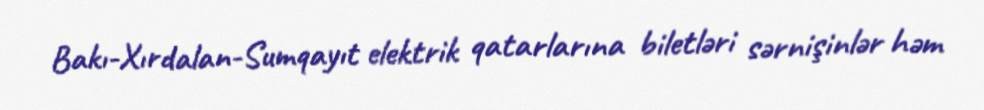
Bakı-Xırdalan-Sumqayıt elektrik qatarlarına biletləri sərnişinlər həm